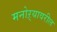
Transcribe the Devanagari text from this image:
मनोऱ्यावरील